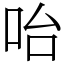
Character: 咍